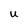
Character: U